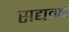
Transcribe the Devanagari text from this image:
सद्यवर्ष